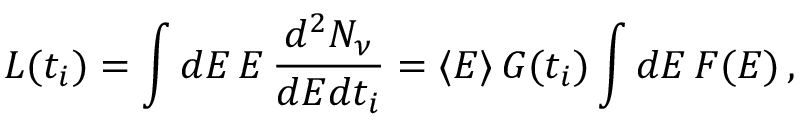
L ( t _ { i } ) = \int d E \, E \, \frac { d ^ { 2 } N _ { \nu } } { d E d t _ { i } } = \langle E \rangle \, G ( t _ { i } ) \int d E \, F ( E ) \, ,